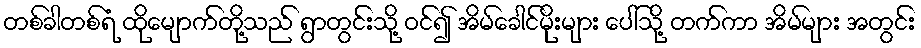
တစ်ခါတစ်ရံ ထိုမျောက်တို့သည် ရွာတွင်းသို့ ဝင်၍ အိမ်ခေါင်မိုးများ ပေါ်သို့ တက်ကာ အိမ်များ အတွင်း